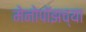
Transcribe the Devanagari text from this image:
मेनोपॉझच्या